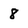
Character: 8